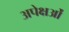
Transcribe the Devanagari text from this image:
अपेक्षओं